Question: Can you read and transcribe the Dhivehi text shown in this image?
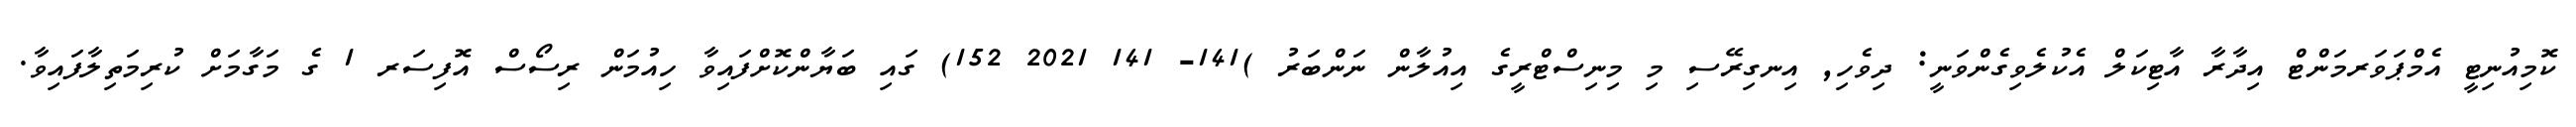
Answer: ކޮމިއުނިޓީ އެމްޕަވަރމަންޓް އިދާރާ އާޓިކަލް އެކުލެވިގެންވަނީ: ދިވެހި, އިނގިރޭސި މި މިނިސްޓްރީގެ އިއުލާން ނަންބަރު )141- 141 2021 152) ގައި ބަޔާންކޮށްފައިވާ ހިއުމަން ރިސޯސް އޮފިސަރ 1 ގެ މަގާމަށް ކުރިމަތިލާފައިވާ.